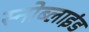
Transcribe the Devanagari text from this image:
स्नोब्लाइंड